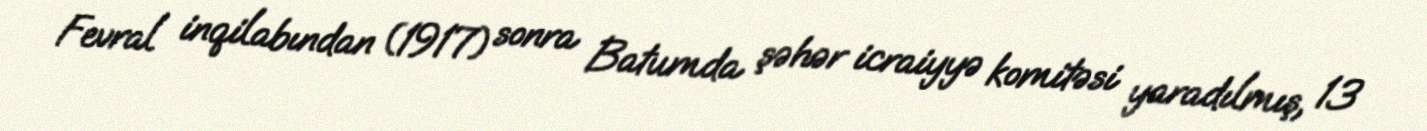
Fevral inqilabından (1917) sonra Batumda şəhər icraiyyə komitəsi yaradılmış, 13